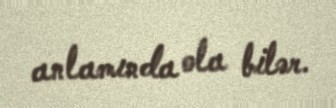
anlamında ola bilər.